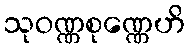
သုဝဏ္ဏစုဏ္ဏေဟိ